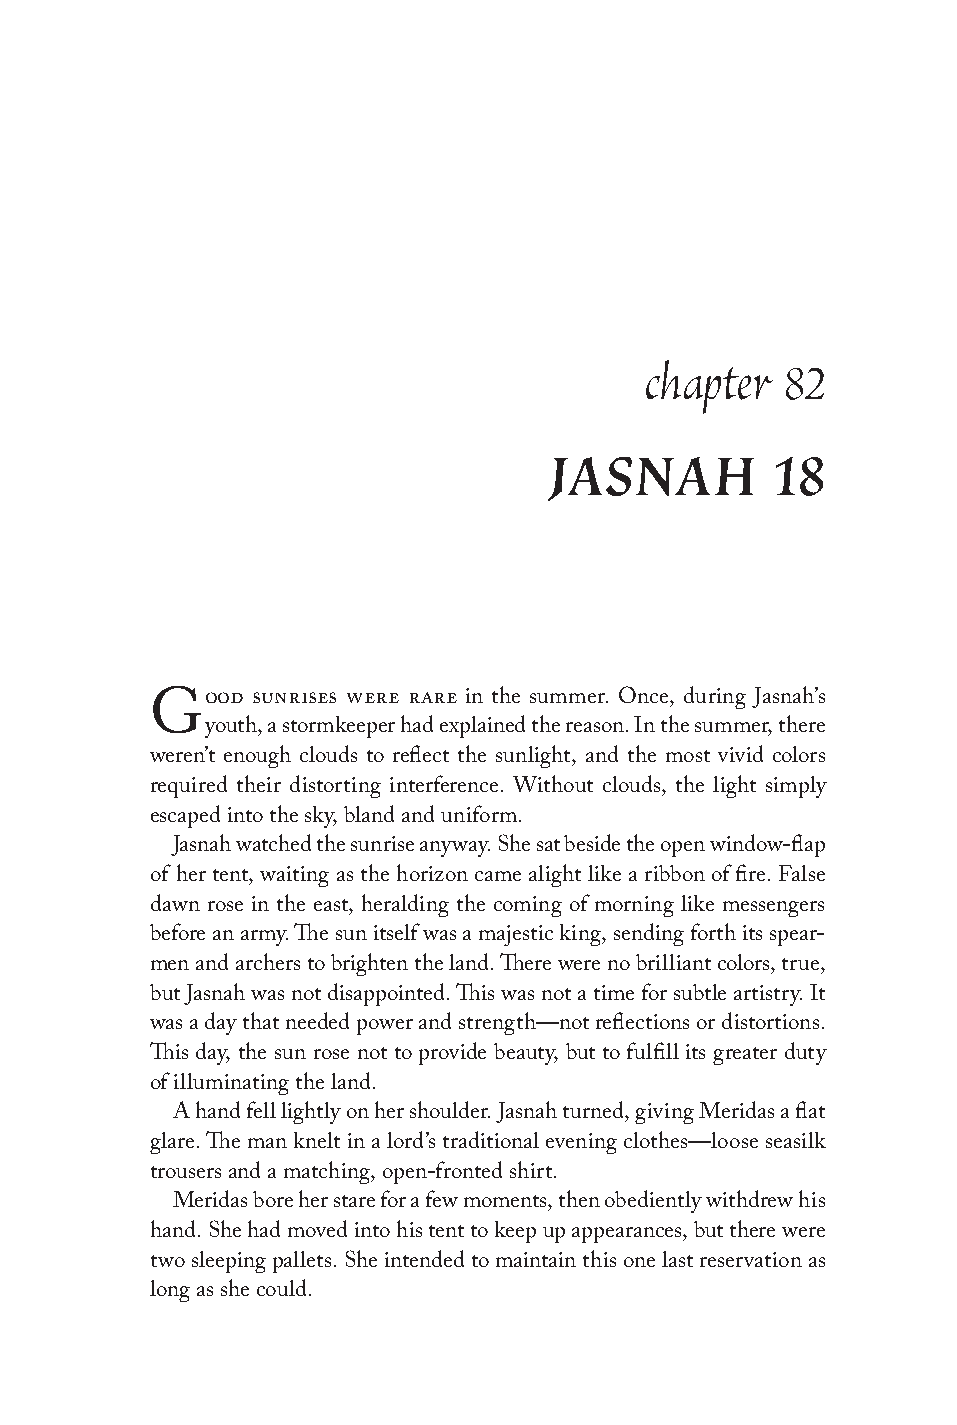
chapter  82
 JASNAH         18
 ood sunrises were rare in the summer. Once, during Jasnah’s
 G
 youth, a stormkeeper had explained the reason. In the summer, there
 weren’t enough clouds to reflect the sunlight, and the most vivid colors
 required their distorting interference. Without clouds, the light simply
 escaped into the sky, bland and uniform.
 Jasnah watched the sunrise anyway. She sat beside the open window-flap
 of her tent, waiting as the horizon came alight like a ribbon of fire. False
 dawn rose in the east, heralding the coming of morning like messengers
 before an army. The sun itself was a majestic king, sending forth its spear-
 men and archers to brighten the land. There were no brilliant colors, true,
 but Jasnah was not disappointed. This was not a time for subtle artistry. It
 was a day that needed power and strength—not reflections or distortions.
 This day, the sun rose not to provide beauty, but to fulfill its greater duty
 of illuminating the land.
 A hand fell lightly on her shoulder. Jasnah turned, giving Meridas a flat
 glare. The man knelt in a lord’s traditional evening clothes—loose seasilk
 trousers and a matching, open-fronted shirt.
 Meridas bore her stare for a few moments, then obediently withdrew his
 hand. She had moved into his tent to keep up appearances, but there were
 two sleeping pallets. She intended to maintain this one last reservation as
 long as she could.